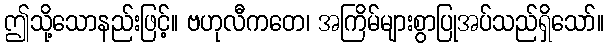
ဤသို့သောနည်းဖြင့်။ ဗဟုလီကတေ၊ အကြိမ်များစွာပြုအပ်သည်ရှိသော်။